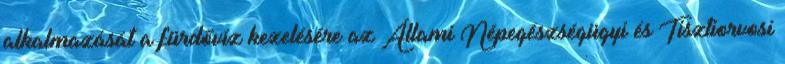
alkalmazását a fürdővíz kezelésére az Állami Népegészségügyi és Tisztiorvosi